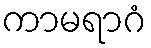
ကာမရာဂံ